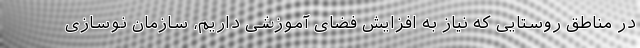
در مناطق روستایی که نیاز به افزایش فضای آموزشی داریم، سازمان نوسازی